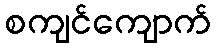
စကျင်ကျောက်